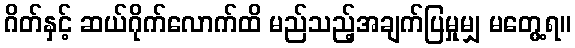
ဂိတ်နှင့် ဆယ်ဂိုက်လောက်ထိ မည်သည့်အချက်ပြမှုမျှ မတွေ့ရ။